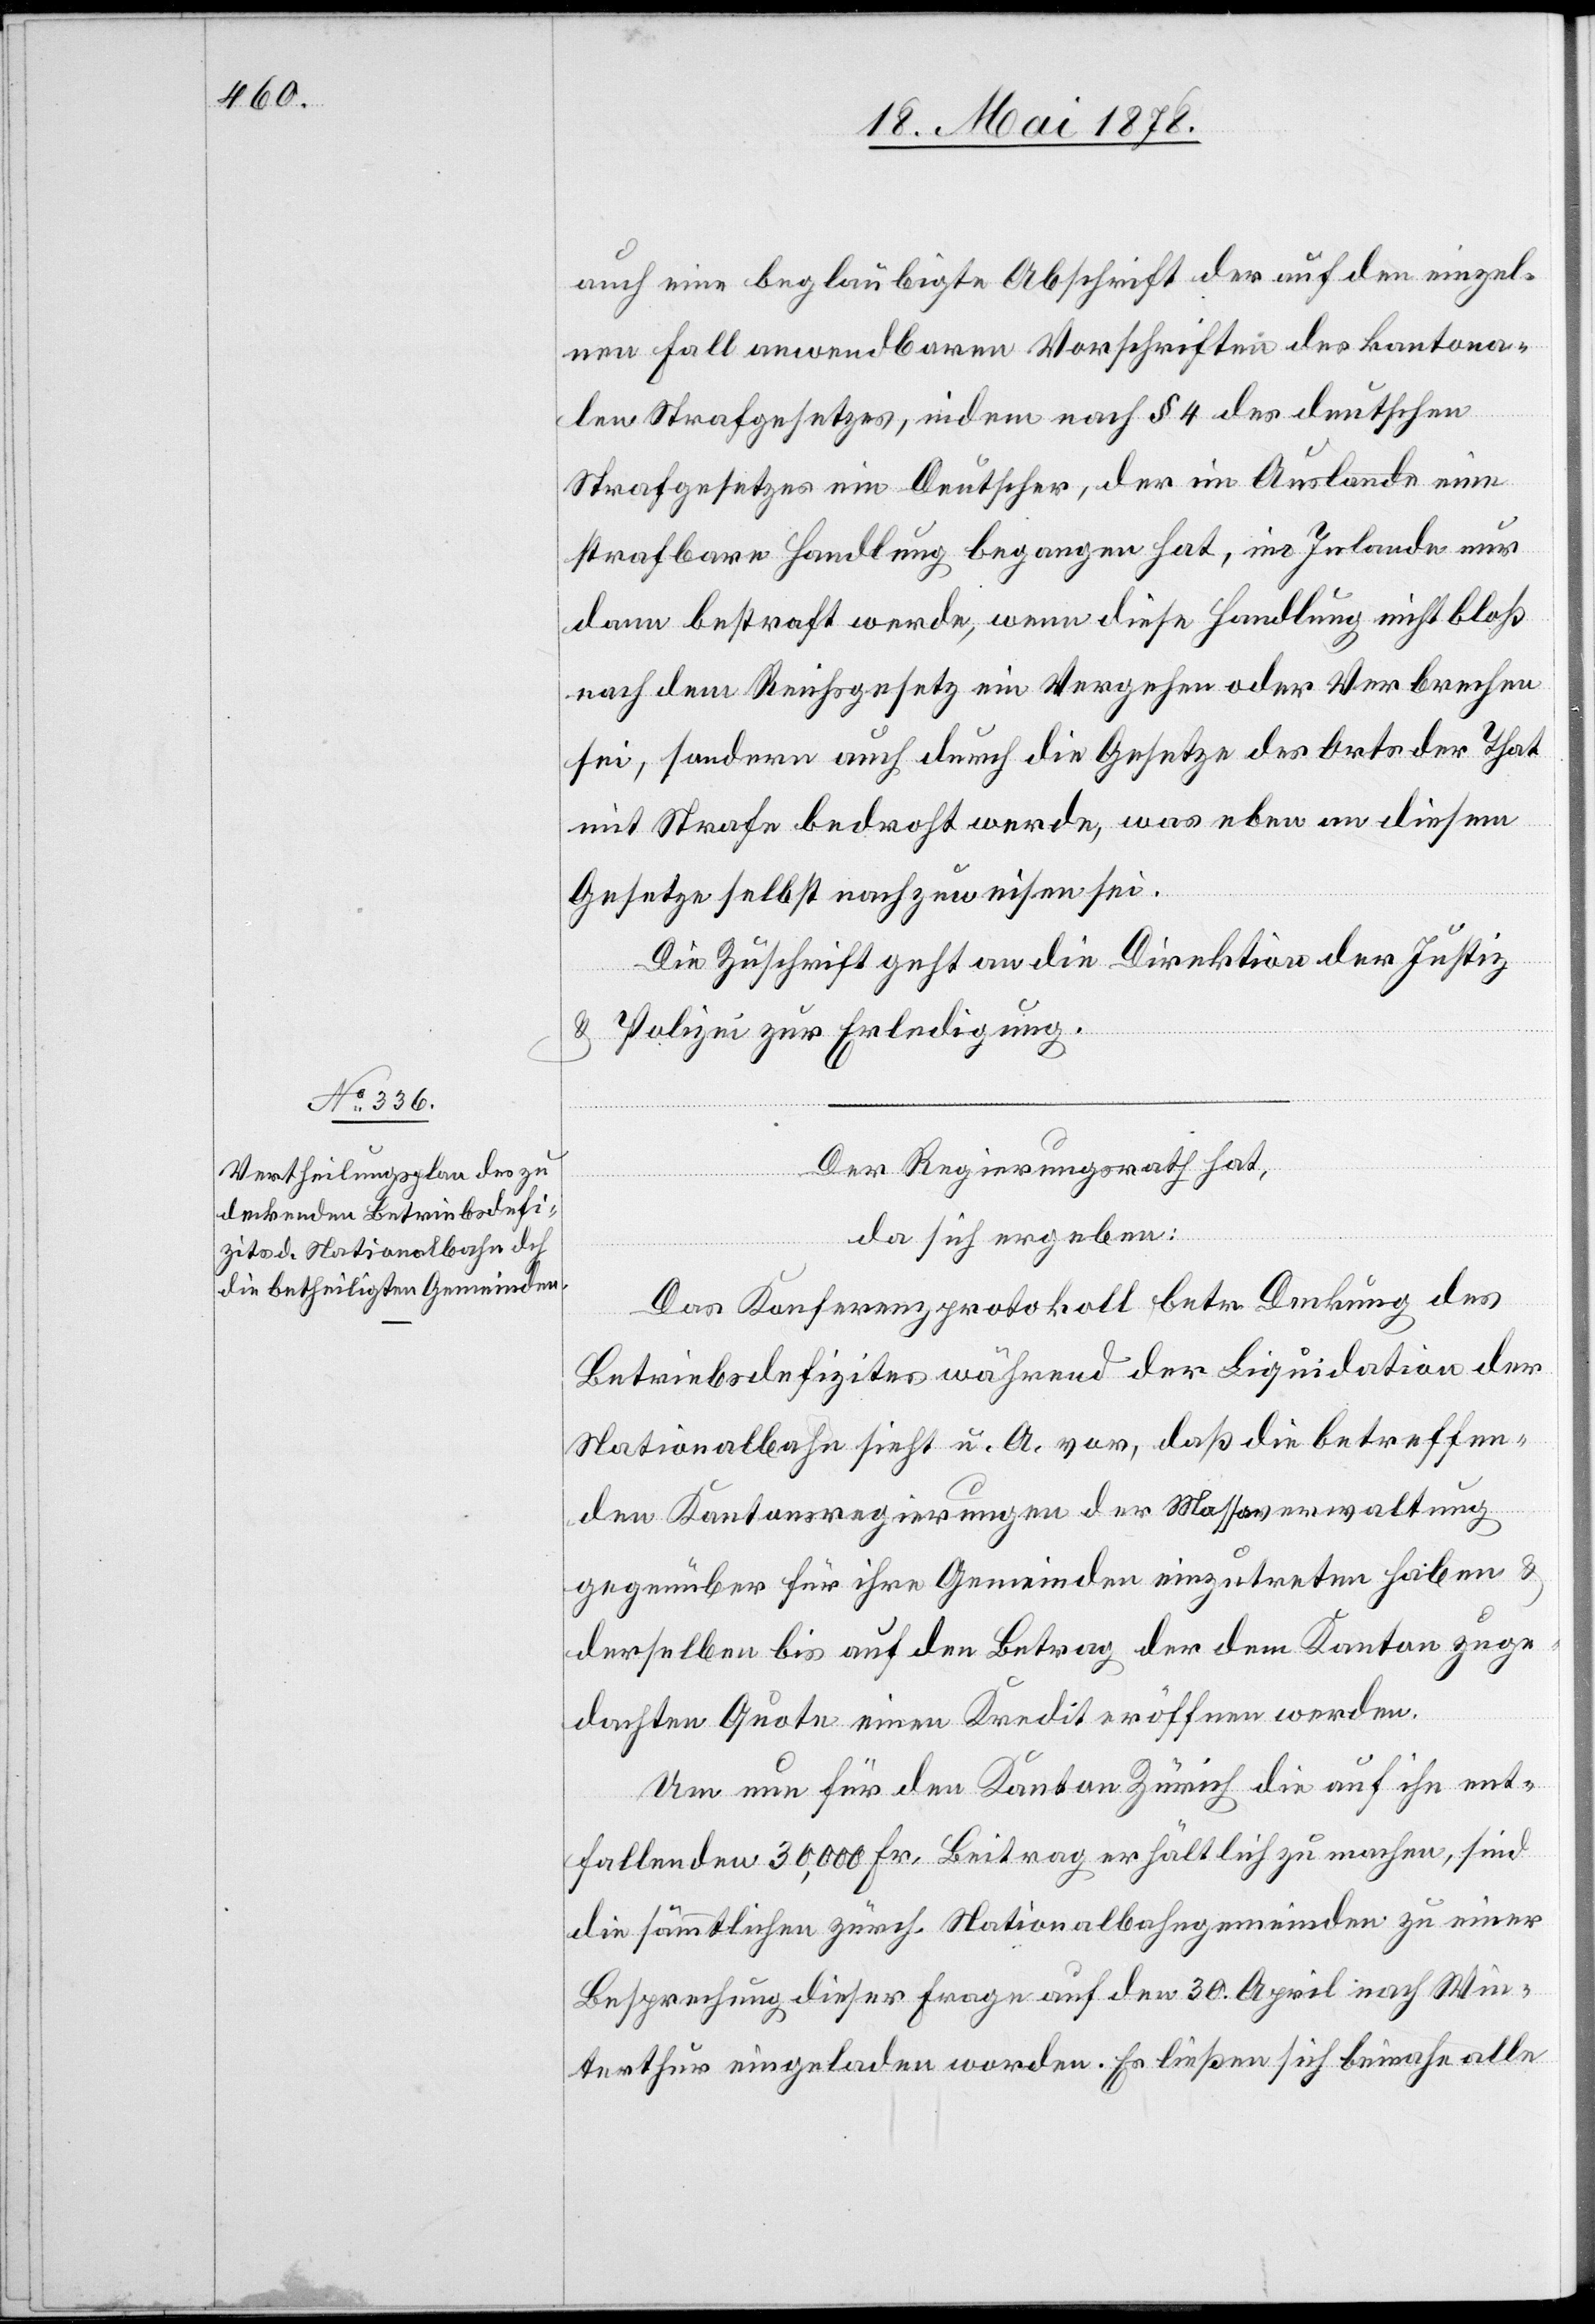
20. Mai 1878]
auch eine beglaubigte Abschrift der auf den einzel¬
nen Fall anwendbaren Vorschriften des kantona¬
len Strafgesetzes, indem nach § 4 des deutschen
Strafgesetzes ein Deutscher, der im Auslande eine
strafbare Handlung begangen hat, im Inlande nur
dann bestraft werde, wenn diese Handlung nicht bloß
nach dem Reichsgesetz ein Vergehen oder Verbrechen
sei, sondern auch durch die Gesetze des Orts der That
mit Strafe bedroht werde, was eben an diesem
Gesetze selbst nachzuweisen sei.
Die Zuschrift geht an die Direktion der Justiz
& Polizei zur Erledigung.
Der Regierungsrath hat,
da sich ergeben:
Das Konferenzprotokoll betr. Deckung des
Betriebsdefizites während der Liquidation der
Nationalbahn sieht u. a. vor, daß die betreffen¬
den Kantonsregierungen der Massaverwaltung
gegenüber für ihre Gemeinden einzutreten haben &
derselben bis auf den Betrag der dem Kanton zuge¬
dachten Quote einen Kredit eröffnen werden.
Um nun für den Kanton Zürich die auf ihn ent¬
fallenden 30,000 Fr. Beitrag erhältlich zu machen, sind
die sämmtlichen zürch. Nationalbahngemeinden zu einer
Besprechung dieser Frage auf den 30. April nach Win¬
terthur eingeladen worden. Es ließen sich beinahe alle